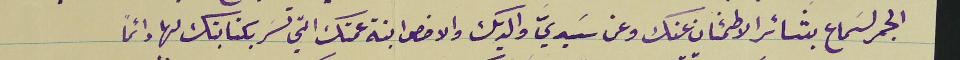
الجمر لسَماع بشائر الاطمئنان عنك وعن سَيديَّ والديك والاخص ابنة عمتك التي تسَر بكتابتك لها دائمًا